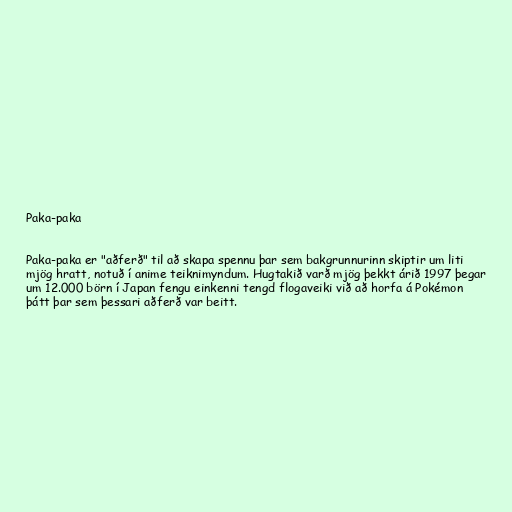
Paka-paka

Paka-paka er "aðferð" til að skapa spennu þar sem bakgrunnurinn skiptir um liti
mjög hratt, notuð í anime teiknimyndum. Hugtakið varð mjög þekkt árið 1997 þegar
um 12.000 börn í Japan fengu einkenni tengd flogaveiki við að horfa á Pokémon
þátt þar sem þessari aðferð var beitt.